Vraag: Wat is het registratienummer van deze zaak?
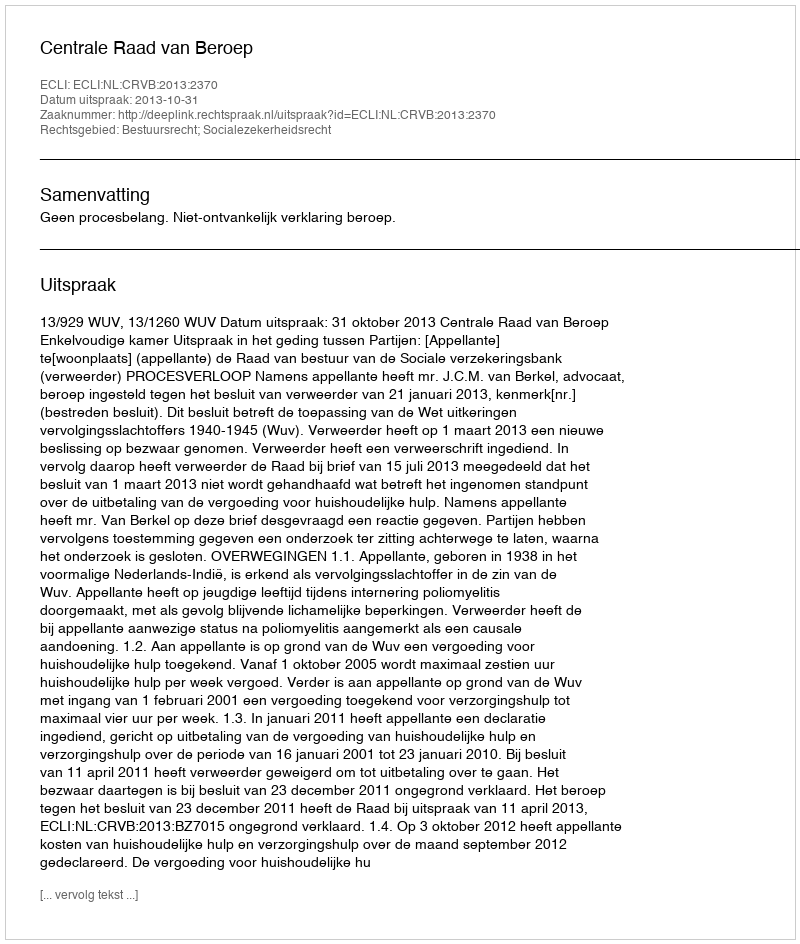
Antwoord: http://deeplink.rechtspraak.nl/uitspraak?id=ECLI:NL:CRVB:2013:2370